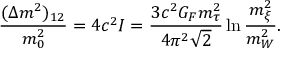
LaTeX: { \frac { ( \Delta m ^ { 2 } ) _ { 1 2 } } { m _ { 0 } ^ { 2 } } } = 4 c ^ { 2 } I = { \frac { 3 c ^ { 2 } G _ { F } m _ { \tau } ^ { 2 } } { 4 \pi ^ { 2 } \sqrt 2 } } \ln { \frac { m _ { \xi } ^ { 2 } } { m _ { W } ^ { 2 } } } .